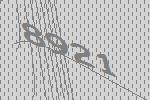
8921